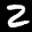
Label: 2